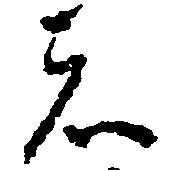
者